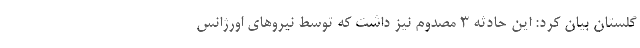
گلستان بیان کرد: این حادثه ۳ مصدوم نیز داشت که توسط نیروهای اورژانس